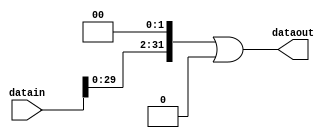
`timescale 1ns / 1ps
//////////////////////////////////////////////////////////////////////////////////
// Company: 
// Engineer: 
// 
// Design Name: 
// Module Name:    left_shift_2bits_32 
// Project Name: 
// Target Devices: 
// Tool versions: 
// Description: 
//
// Dependencies: 
//
// Revision: 
// Revision 0.01 - File Created
// Additional Comments: 
//
//////////////////////////////////////////////////////////////////////////////////
module left_shift_2bits_32(datain, dataout);
	input wire[31:0] datain;
	output wire[31:0] dataout;
	assign dataout = datain[29:0] << 2 | 2'b00;

endmodule